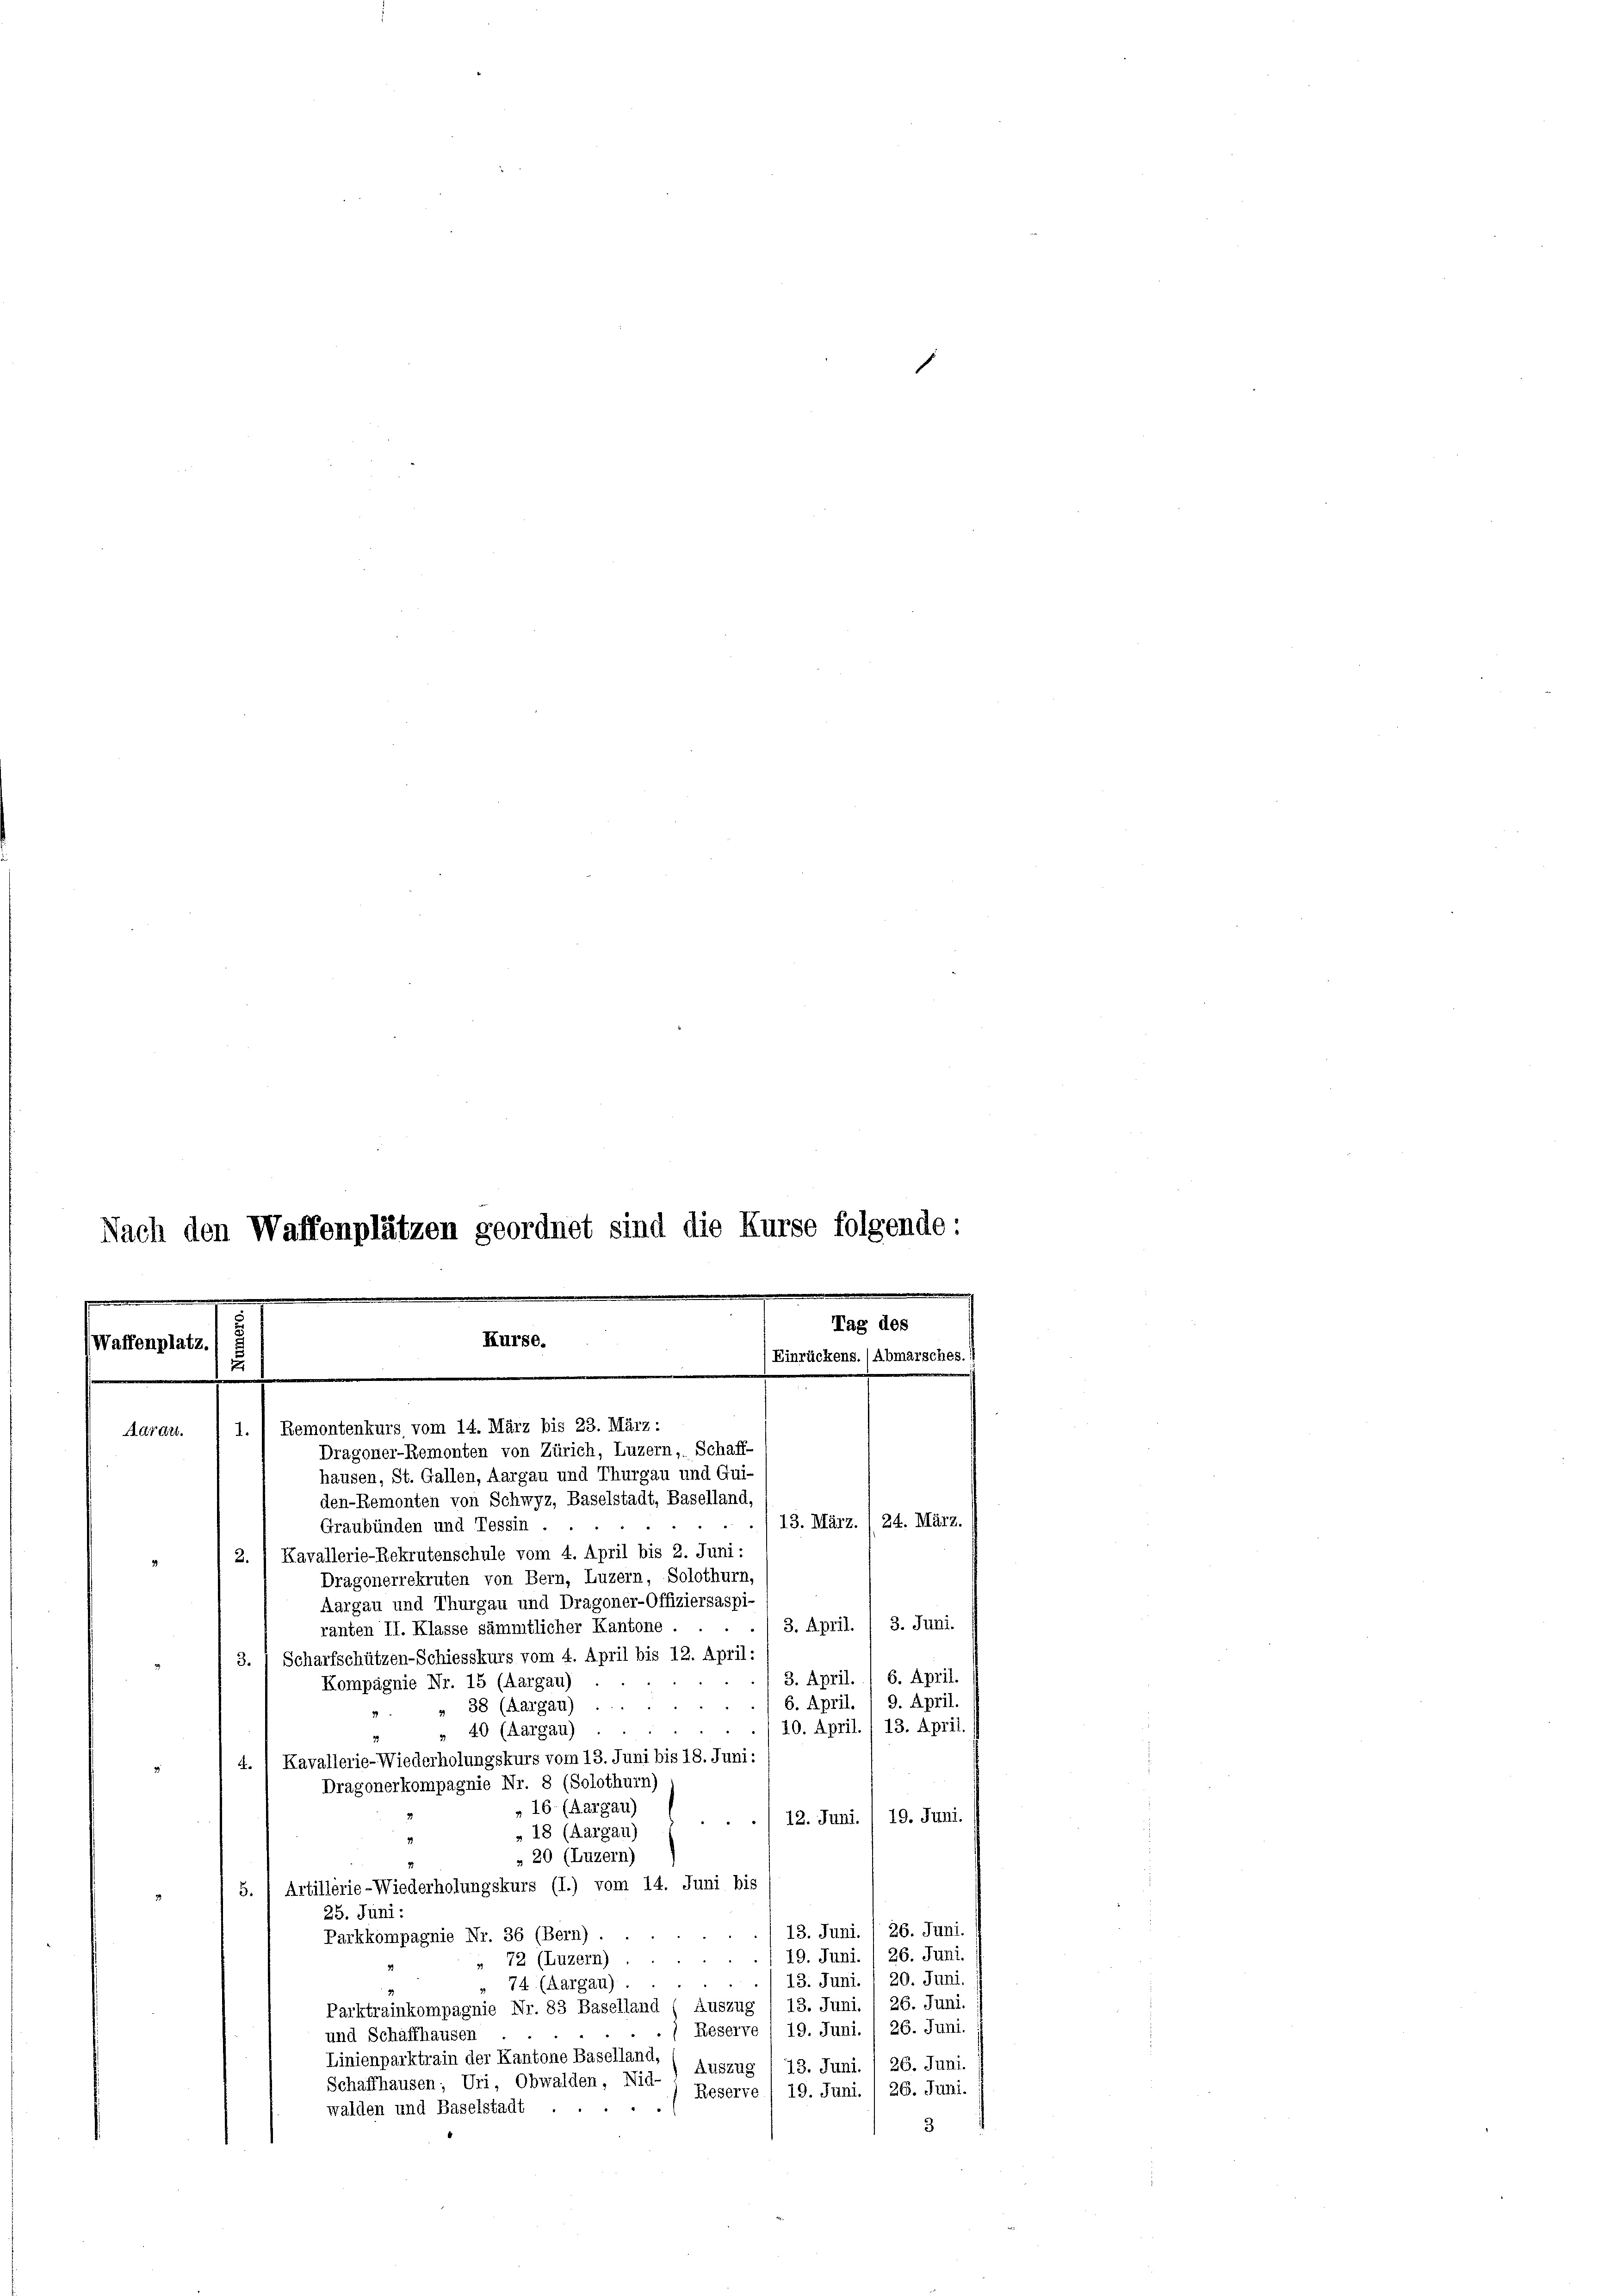
Kurse.
Waffenplatz.)
e

u

1.) Remontenkurs vom 14. März bis 23. März :
Adraut.
Dragoner-Remonten von Zürich, Luzern, Schaff-
hausen, St. Gallen, Aargau und Thurgau und Qui-

Nach den Waffenplätzen geordnet sind die Kurse folgende:
s
Tag des

Einrückens. (Abmarsches. 1

den-Remonten von Schwyz, Baselstadt, Baselland,
Graubünden und Tessin.
2.) Kavallerie-Rekrutenschule vom 4. April bis 2. Juni:
Dragonerrekruten von Bern, Luzern, Solothurn,
Aargau und Thurgau und Dragoner-Offiziersaspi-
3. April. I 3. Juni.
ranten II. Klasse sämmtlicher Kantone .
3.) Scharfschützen-Schiesskurs vom 4. April bis 12. April:
3. April. / 6. April.
Kompagnie Nr. 15 (Aargau)
9. April.
6. April.
38 (Aargau)
10. April. / 13. April.
» 40 (Aargau)
t. 1 Kavallerie-Wiederholungskurs vom 13. Juni bis 18. Juni:
Dragonerkompagnie Nr. 8 (Solothurn)
„ 16 (Aargau)
12. Juni. / 19. Juni.
»18 (Aargau)
» 20 (Luzern)
5.) Artillerie-Wiederholungskurs (I.) vom 14. Juni bis
25. Juni:
13. Juni. / 26. Juni.
Parkkompagnie Nr. 36 (Bern).
26. Juni.
19. Juni.
i
» 72 (Luzern)
13. Juni. / 20. Juni.
74 (Aargau).
26. Juni.
13. Juni.
Parktrainkompagnie Nr. 83 Baselland (Auszug
26. Juni.
19. Juni.
Reserve
und Schaffhausen
Linienparktrain der Kantone Baselland,
13. Juni. 1 26. Juni.
Auszug
Schaffhausen; Uri, Obwalden, Nid-
19. Juni. / 26. Juni.
Reserve
walden und Baselstadt ...
3

13. März. 1 24. März.